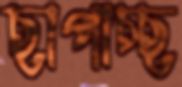
ছাপাচ্ছ